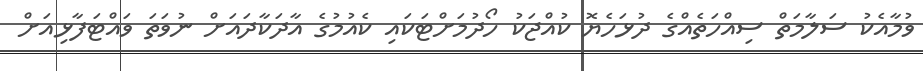
ވުމާއެކު ސަލާމަތް ސިއްހަތެއްގެ ދުޅަހެޔޮ ކުއްޖަކު ހޯދުމަށްޓަކައި ކެއުމުގެ އާދަކާދައަށް ނުވަތަ ވައްޓަފާޅިއަށް